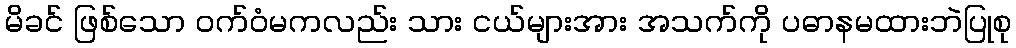
မိခင် ဖြစ်သော ဝက်ဝံမကလည်း သား ငယ်များအား အသက်ကို ပဓာနမထားဘဲပြုစု